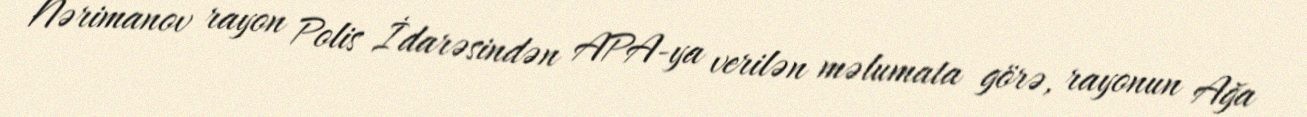
Nərimanov rayon Polis İdarəsindən APA-ya verilən məlumata görə, rayonun Ağa